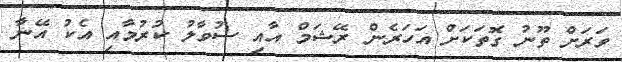
ވަރަށް ތޫނު ގޮތަކަށް އަހަރެން ރޭޝަމް އާއި ސުވާލު ކުރުމާއި އެކު އޭނާ